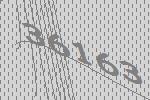
36163